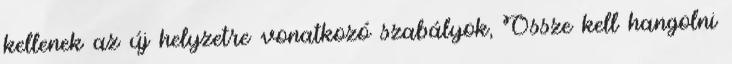
kellenek az új helyzetre vonatkozó szabályok, Össze kell hangolni